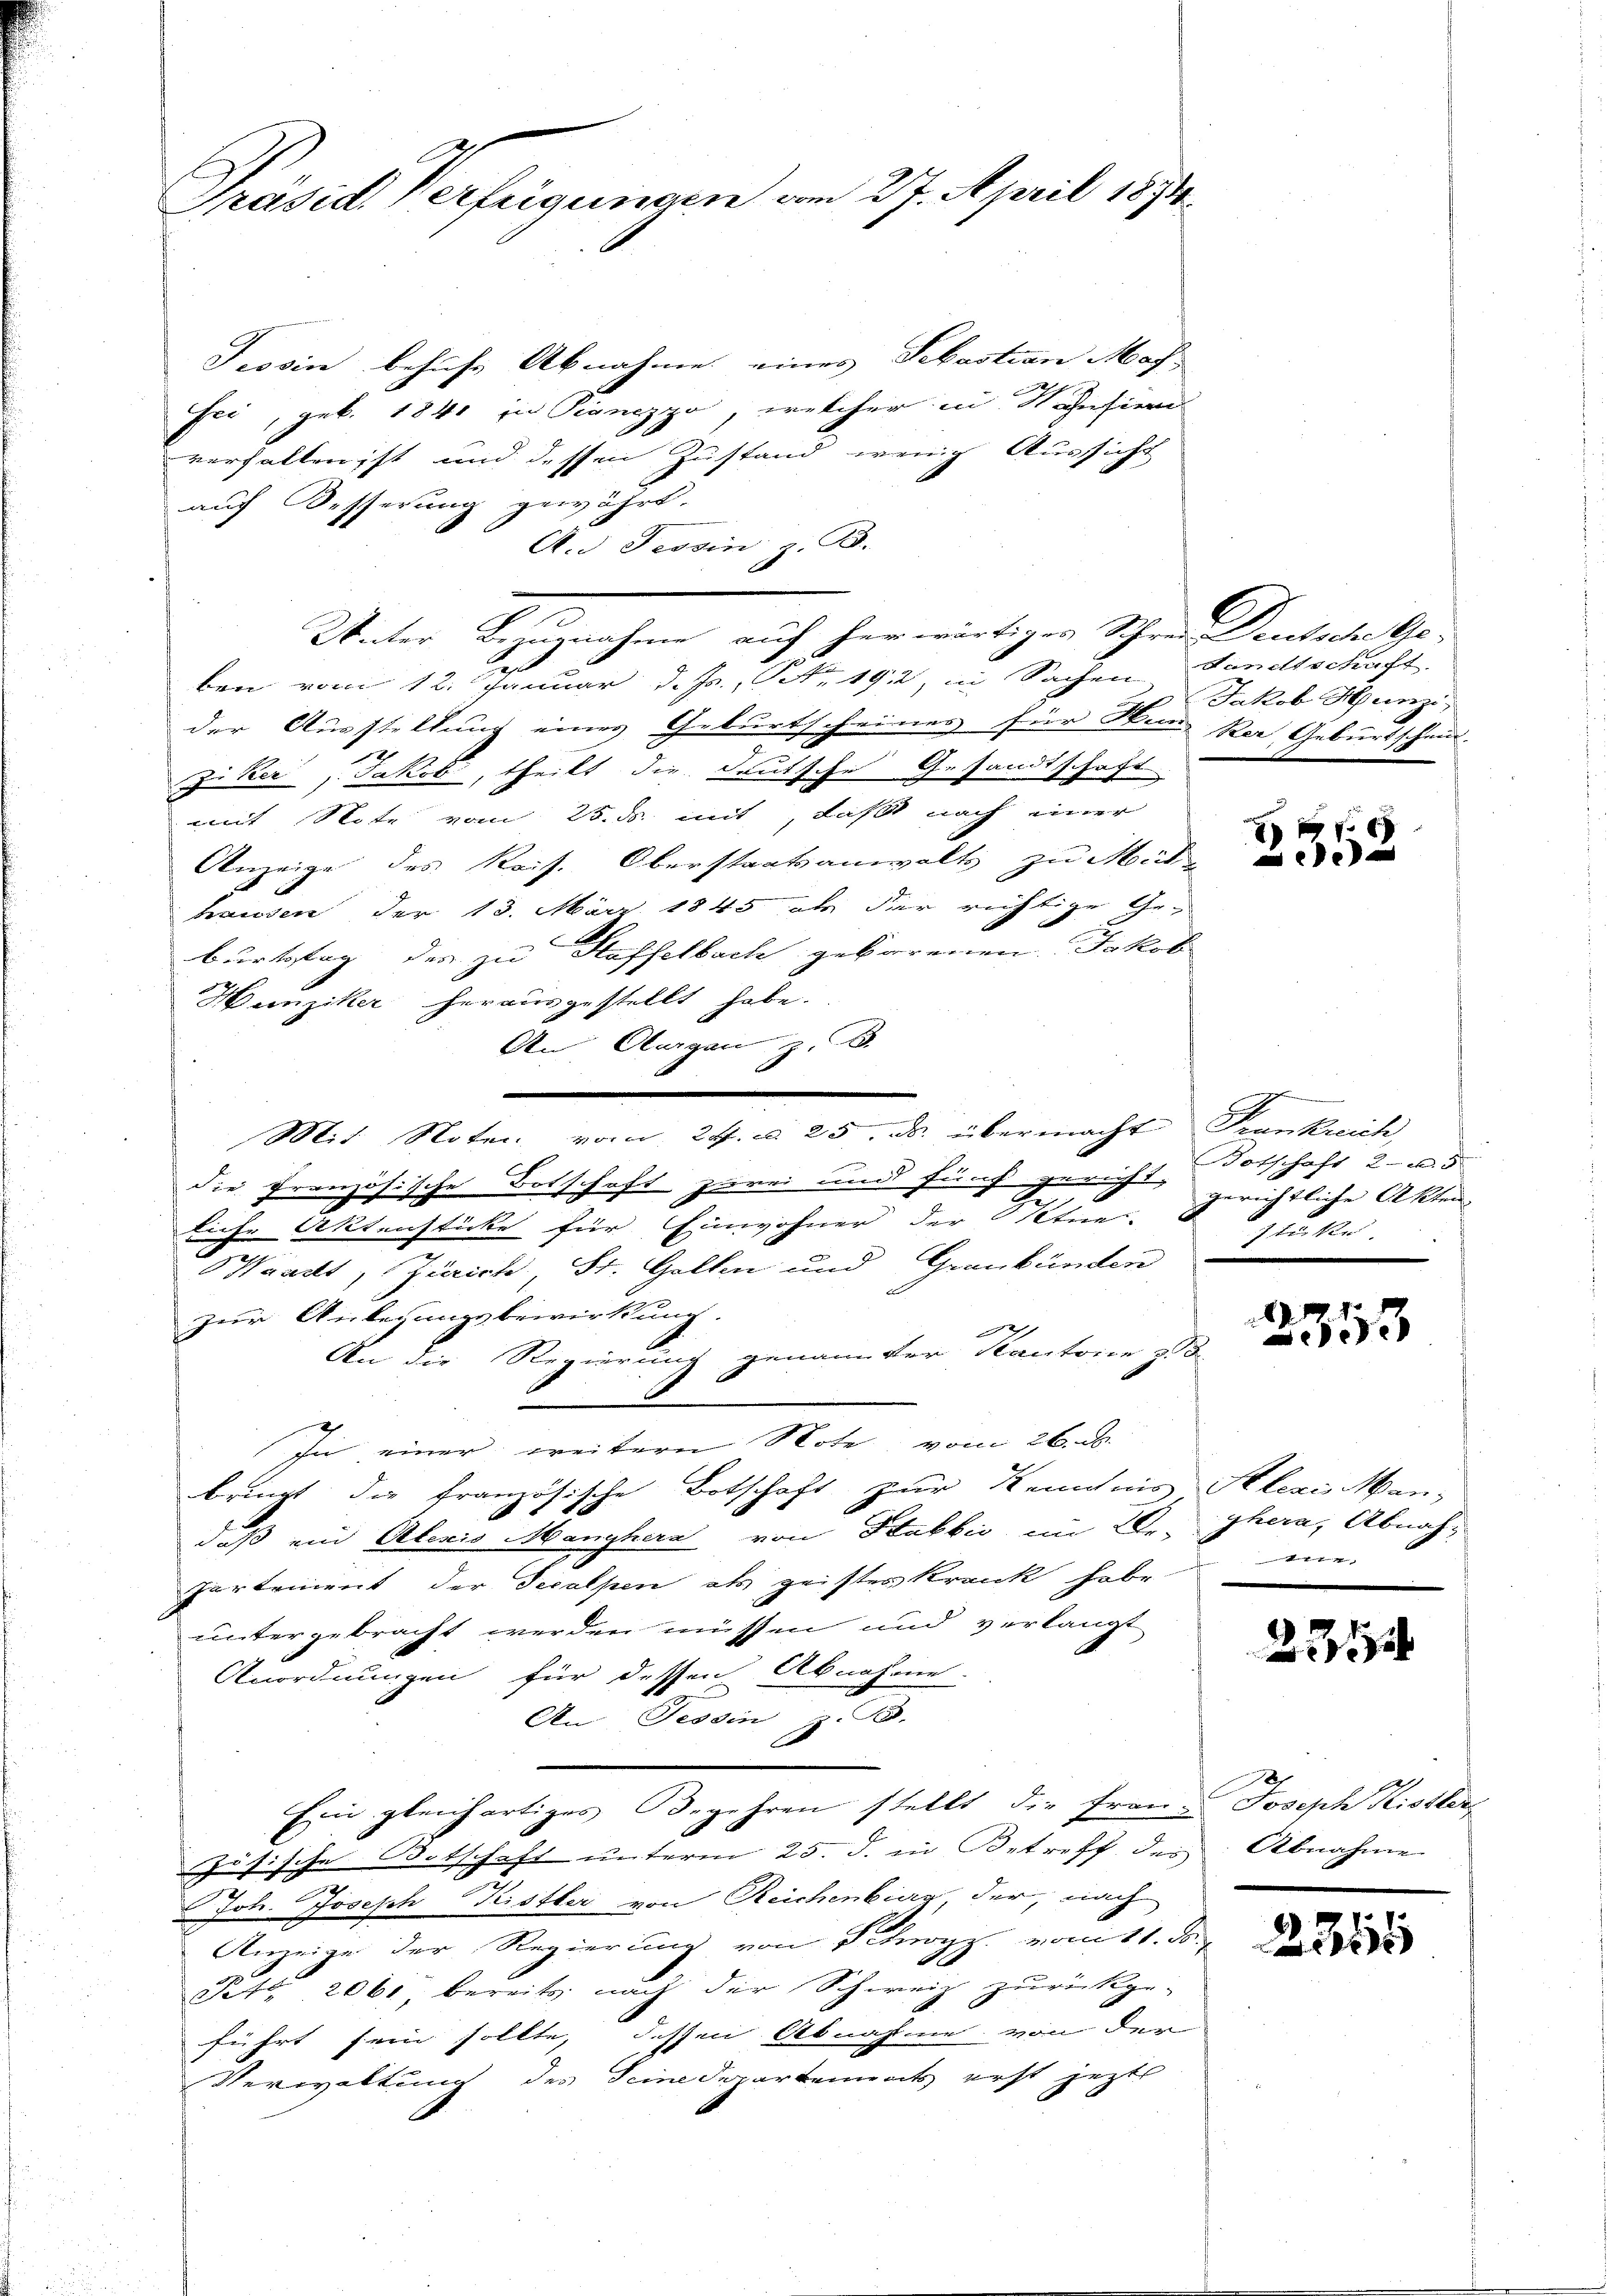
Präsid. Verfügungen am 27. April 1874.

Tessin behufs Abnahme eines Sebastian Mach
Fei, geb. 1840 in Pianozzo, welcher in Konsinn
verfallen ist und dessen Zustand wenig Aussicht
auf Besserung gewährt.
A. Tessin z. B.
Unter Bezugnahme auf herwärtiger Schrei Deutsche Ge-
ben vom 12. Januar d. Js., N. 1912 in Sachen
der Ausstellung eines Geburtscheines für Man ker Geburtschein.
.
zu Ker, Jakob, theilt die deutsche Gesandtschaft
mit Note vom 25. ds. mit, daß nach einer
Anzeige des Kais. Oberstaatsanwalts zu Mühe
hrausen der 13. März 1845 als der richtige Geburtstag des zu Staffelbach geborenen. Jakob
Hunziker herausgestellt habe.
An Aargau z. B.
.
Mit Noten vom 24. d. 25. ds. übermacht Frankreich,
die Französische Botschaft zurei und fünf gericht, gerichtlich Akten
 x
liche Aktenstücke für Einwohner der Stre
Waadt, Zürich, St. Gallen und Graubünden
zur Anlegungsbewirkung.
27
An die Regierung genannter Kantoren z
6
In einer weitern Note vom 26. ds.
bringt die französische Botschaft zur Kenntnis Alezis Man-
daß ein Aberis Manghera von Stabbić im Dr. Thera, Abnahpartement der Secalpen als geistes krank habe me
untergebracht werden müssen und verlangt
Anordnungen für dessen Abnahme
An Tessin, z. B.
d
Ein gleichartiges Begehren stellt die franz Joseph Kistler
zösische Botschaft unterm 25. d. in Betreff des Abnahme
n
Joh. Joseph Kister von Reichenburg, der, nach
Anzeige der Regierung von Stroyz. vom 11. ds.
Pet. 2061, bereits nach der Schweiz zurückge-
führt sein sollte, dessen Abnahme von der
Verwaltung des Seinedepartements erst jetzt

Sanitschaft
Jakob Hunzi

xx
e

Botschaft 2. u. 5
glocke.
e

8
53

21

2355